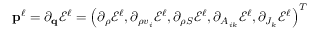
\mathbf { p } ^ { \ell } = \partial _ { \mathbf { q } } \mathcal { E } ^ { \ell } = \left( \partial _ { \rho } \mathcal { E } ^ { \ell } , \partial _ { \rho v _ { i } } \mathcal { E } ^ { \ell } , \partial _ { \rho S } \mathcal { E } ^ { \ell } , \partial _ { A _ { i k } } \mathcal { E } ^ { \ell } , \partial _ { J _ { k } } \mathcal { E } ^ { \ell } \right) ^ { T }